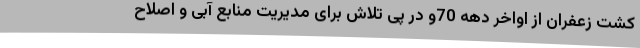
کشت زعفران از اواخر دهه 70و در پی تلاش برای مدیریت منابع آبی و اصلاح